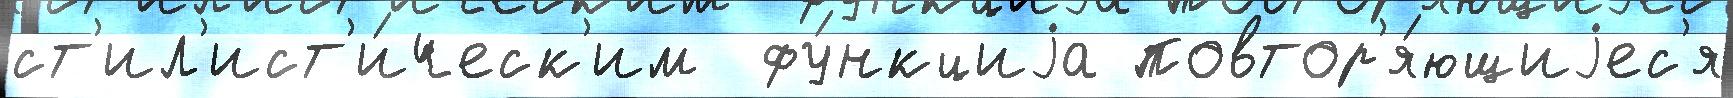
ст'ил'ист'и́ческ'им  фу́нкциjа повтор'я́ющиjес'я